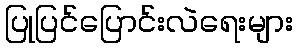
ပြုပြင်ပြောင်းလဲရေးများ